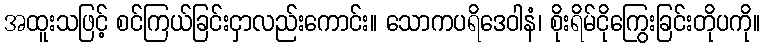
အထူးသဖြင့် စင်ကြယ်ခြင်းငှာလည်းကောင်း။ သောကပရိဒေဝါနံ၊ စိုးရိမ်ငိုကြွေးခြင်းတိုပကို။